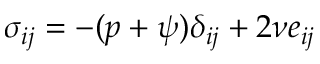
\sigma _ { i j } = - ( p + \psi ) \delta _ { i j } + 2 \nu e _ { i j }